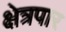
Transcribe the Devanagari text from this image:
क्षेत्रपार